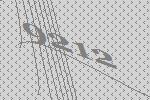
9212